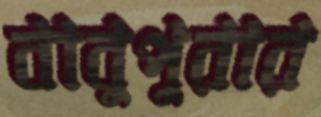
বাবুপুরার